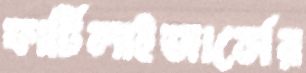
ফার্টিলাইজার্সের